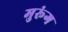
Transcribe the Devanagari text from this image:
मुरूंग